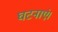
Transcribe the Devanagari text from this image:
घटनाएं।